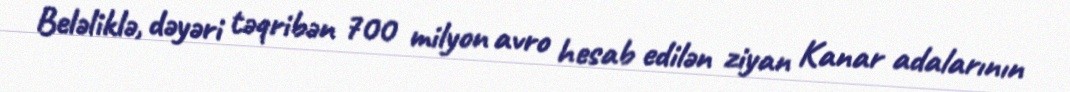
Beləliklə, dəyəri təqribən 700 milyon avro hesab edilən ziyan Kanar adalarının